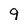
Character: 9